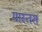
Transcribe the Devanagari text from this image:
मास्तर्स